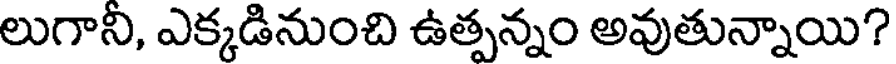
లుగానీ, ఎక్కడినుంచి ఉత్పన్నం అవుతున్నాయి?